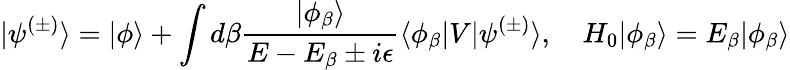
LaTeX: |\psi^{(\pm)}\rangle=|\phi\rangle+\int d\beta{\frac{|\phi_{\beta}\rangle}{E-E_{\beta}\pm i\epsilon}}\langle\phi_{\beta}|V|\psi^{(\pm)}\rangle,\quad H_{0}|\phi_{\beta}\rangle=E_{\beta}|\phi_{\beta}\rangle